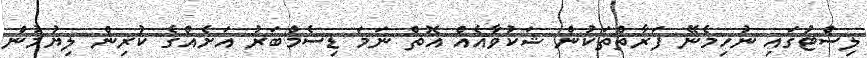
ލިސްޓުގައި ނުހިމެނޭ ފަރާތްތަކުން ޝަކުވާއެއް އޮތް ނަމަ ޑިސެމްބަރު އަށެއްގެ ކުރިން ލިޔުމުން